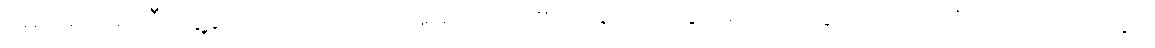
မှောင်မိုက်၍ ငြီးငွေ့ဖွယ်ကောင်းသော အိမ်ကလေး၏ အချုပ်အနှောင်မှ ကင်းလွတ်လျက် ဤလဟာပြင်ထဲတွင်